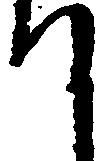
て